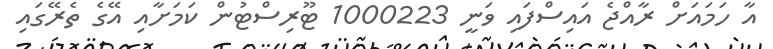
އާ ހަމައަށް ރާއްޖެ އައިސްފައި ވަނީ 1000223 ޓޫރިސްޓުން ކަމަށާއި އޭގެ ތެރޭގައި